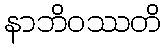
နာဘိဝဿတိ